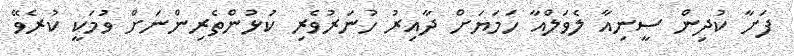
ފަށާ ކުދިން ސީނިއާ ލެވަލްއާ ހަމަޔަށް ދާއިރު ހުނަރުވެރި ކުޅުންތެރިންނަށް ވުމަކީ ކުރެވޭ